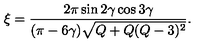
\xi = \frac { 2 \pi \sin 2 \gamma \cos 3 \gamma } { ( \pi - 6 \gamma ) \sqrt { Q + Q ( Q - 3 ) ^ { 2 } } } .